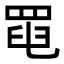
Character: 𦋍